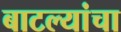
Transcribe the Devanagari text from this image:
बाटल्यांचा